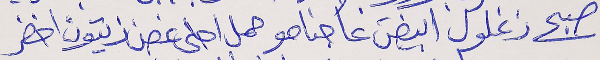
صبح زغلول ابيضَ عا جناحو     حمل احلى غصن زيتون اخضر